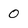
Character: 0